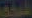
شركة